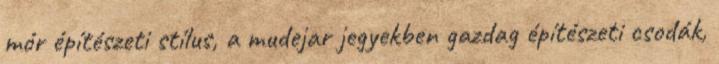
mór építészeti stílus, a mudejar jegyekben gazdag építészeti csodák,